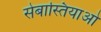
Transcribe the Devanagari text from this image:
सेबास्तियाओ